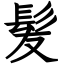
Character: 髪